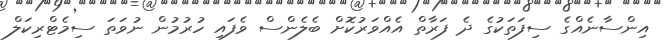
އިންސާނެއްގެ ސިފަތަކުގެ ދެ ފަރާތް އެއްވަރުކޮށް ބެލެންސް ވެފައި ހުރުމުން ނުވަތަ ސިމެޓްރިކަލް